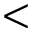
<